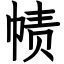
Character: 帻